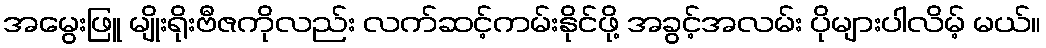
အမွေးဖြူ မျိုးရိုးဗီဇကိုလည်း လက်ဆင့်ကမ်းနိုင်ဖို့ အခွင့်အလမ်း ပိုများပါလိမ့် မယ်။